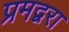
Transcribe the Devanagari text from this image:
प्रमद्वरा